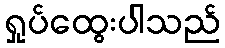
ရှုပ်ထွေးပါသည်